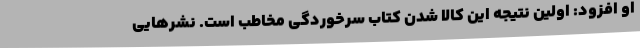
او افزود: اولین نتیجه این کالا شدن کتاب سرخوردگی مخاطب است. نشرهایی